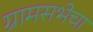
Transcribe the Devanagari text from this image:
ग्रामसभेचा